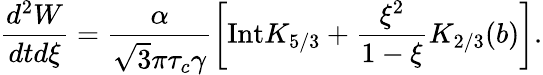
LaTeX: \frac{d^{2}W}{dtd\xi}=\frac{\alpha}{\sqrt{3}\pi\tau_{c}\gamma}\left[\mathrm{Int}K_{5/3}+\frac{\xi^{2}}{1-\xi}K_{2/3}(b)\right].